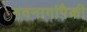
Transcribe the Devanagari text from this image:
नवनागांपैकी